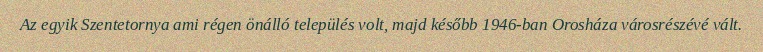
Az egyik Szentetornya ami régen önálló település volt, majd később 1946-ban Orosháza városrészévé vált.